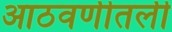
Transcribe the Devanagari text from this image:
आठवणीतली